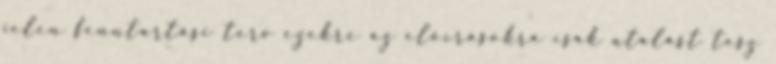
jelen fenntartási terv ezekre az előírásokra csak utalást tesz